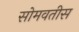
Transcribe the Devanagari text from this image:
सोमवतीस